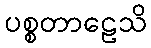
ပစ္စတာဠေသိ